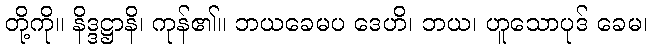
တို့ကို။ နိဒ္ဒဋ္ဌာနိ၊ ကုန်၏။ ဘယခေမပ ဒေဟိ၊ ဘယ၊ ဟူသောပုဒ် ခေမ၊